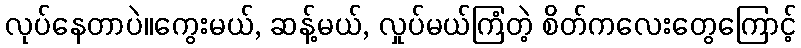
လုပ်နေတာပဲ။ကွေးမယ်, ဆန့်မယ်, လှုပ်မယ်ကြံတဲ့ စိတ်ကလေးတွေကြောင့်